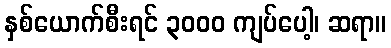
နှစ်ယောက်စီးရင် ၃၀၀၀ ကျပ်ပေါ့၊ ဆရာ။